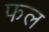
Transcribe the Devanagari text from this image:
फल